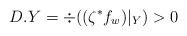
LaTeX: \begin{align*}D.Y=\div((\zeta^*f_w)|_Y) > 0\end{align*}